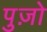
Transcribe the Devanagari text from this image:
पुज़ो